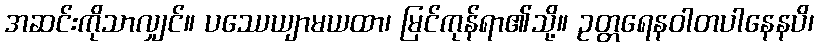
အဆင်းကိုသာလျှင်။ ပဿေယျာမယထာ၊ မြင်ကုန်ရာ၏သို့။ ဥတ္တရေနဝါတပါနေနပိ၊